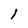
Character: l